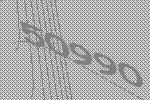
50990